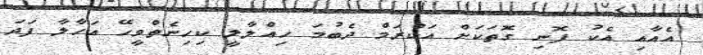
އެއާއި އެކު ފޮނި ގޮތަކަށް އަކްރަމް ދެބުމަ ހިއްލާލީ ކިހިނެތްވީހޭ އަހާލާ ފަދަ